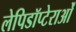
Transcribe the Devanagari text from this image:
लेपिडॉप्टेराओं